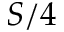
S / 4